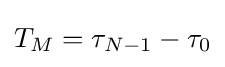
T_{M}=\tau _{N-1}-\tau _{0}